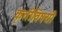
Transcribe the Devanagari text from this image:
कृतीविषयी